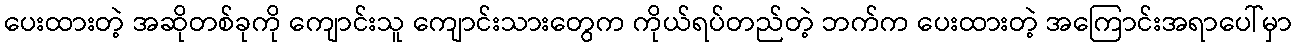
ပေးထားတဲ့ အဆိုတစ်ခုကို ကျောင်းသူ ကျောင်းသားတွေက ကိုယ်ရပ်တည်တဲ့ ဘက်က ပေးထားတဲ့ အကြောင်းအရာပေါ်မှာ